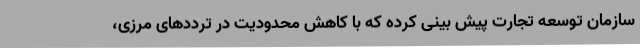
سازمان توسعه تجارت پیش بینی کرده که با کاهش محدودیت در ترددهای مرزی،